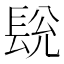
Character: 𮣽